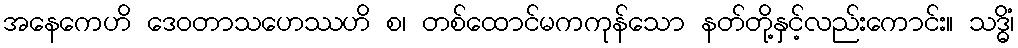
အနေကေဟိ ဒေဝတာသဟေဿဟိ စ၊ တစ်ထောင်မကကုန်သော နတ်တို့နှင့်လည်းကောင်း။ သဒ္ဓိံ၊